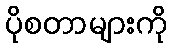
ပိုစတာများကို